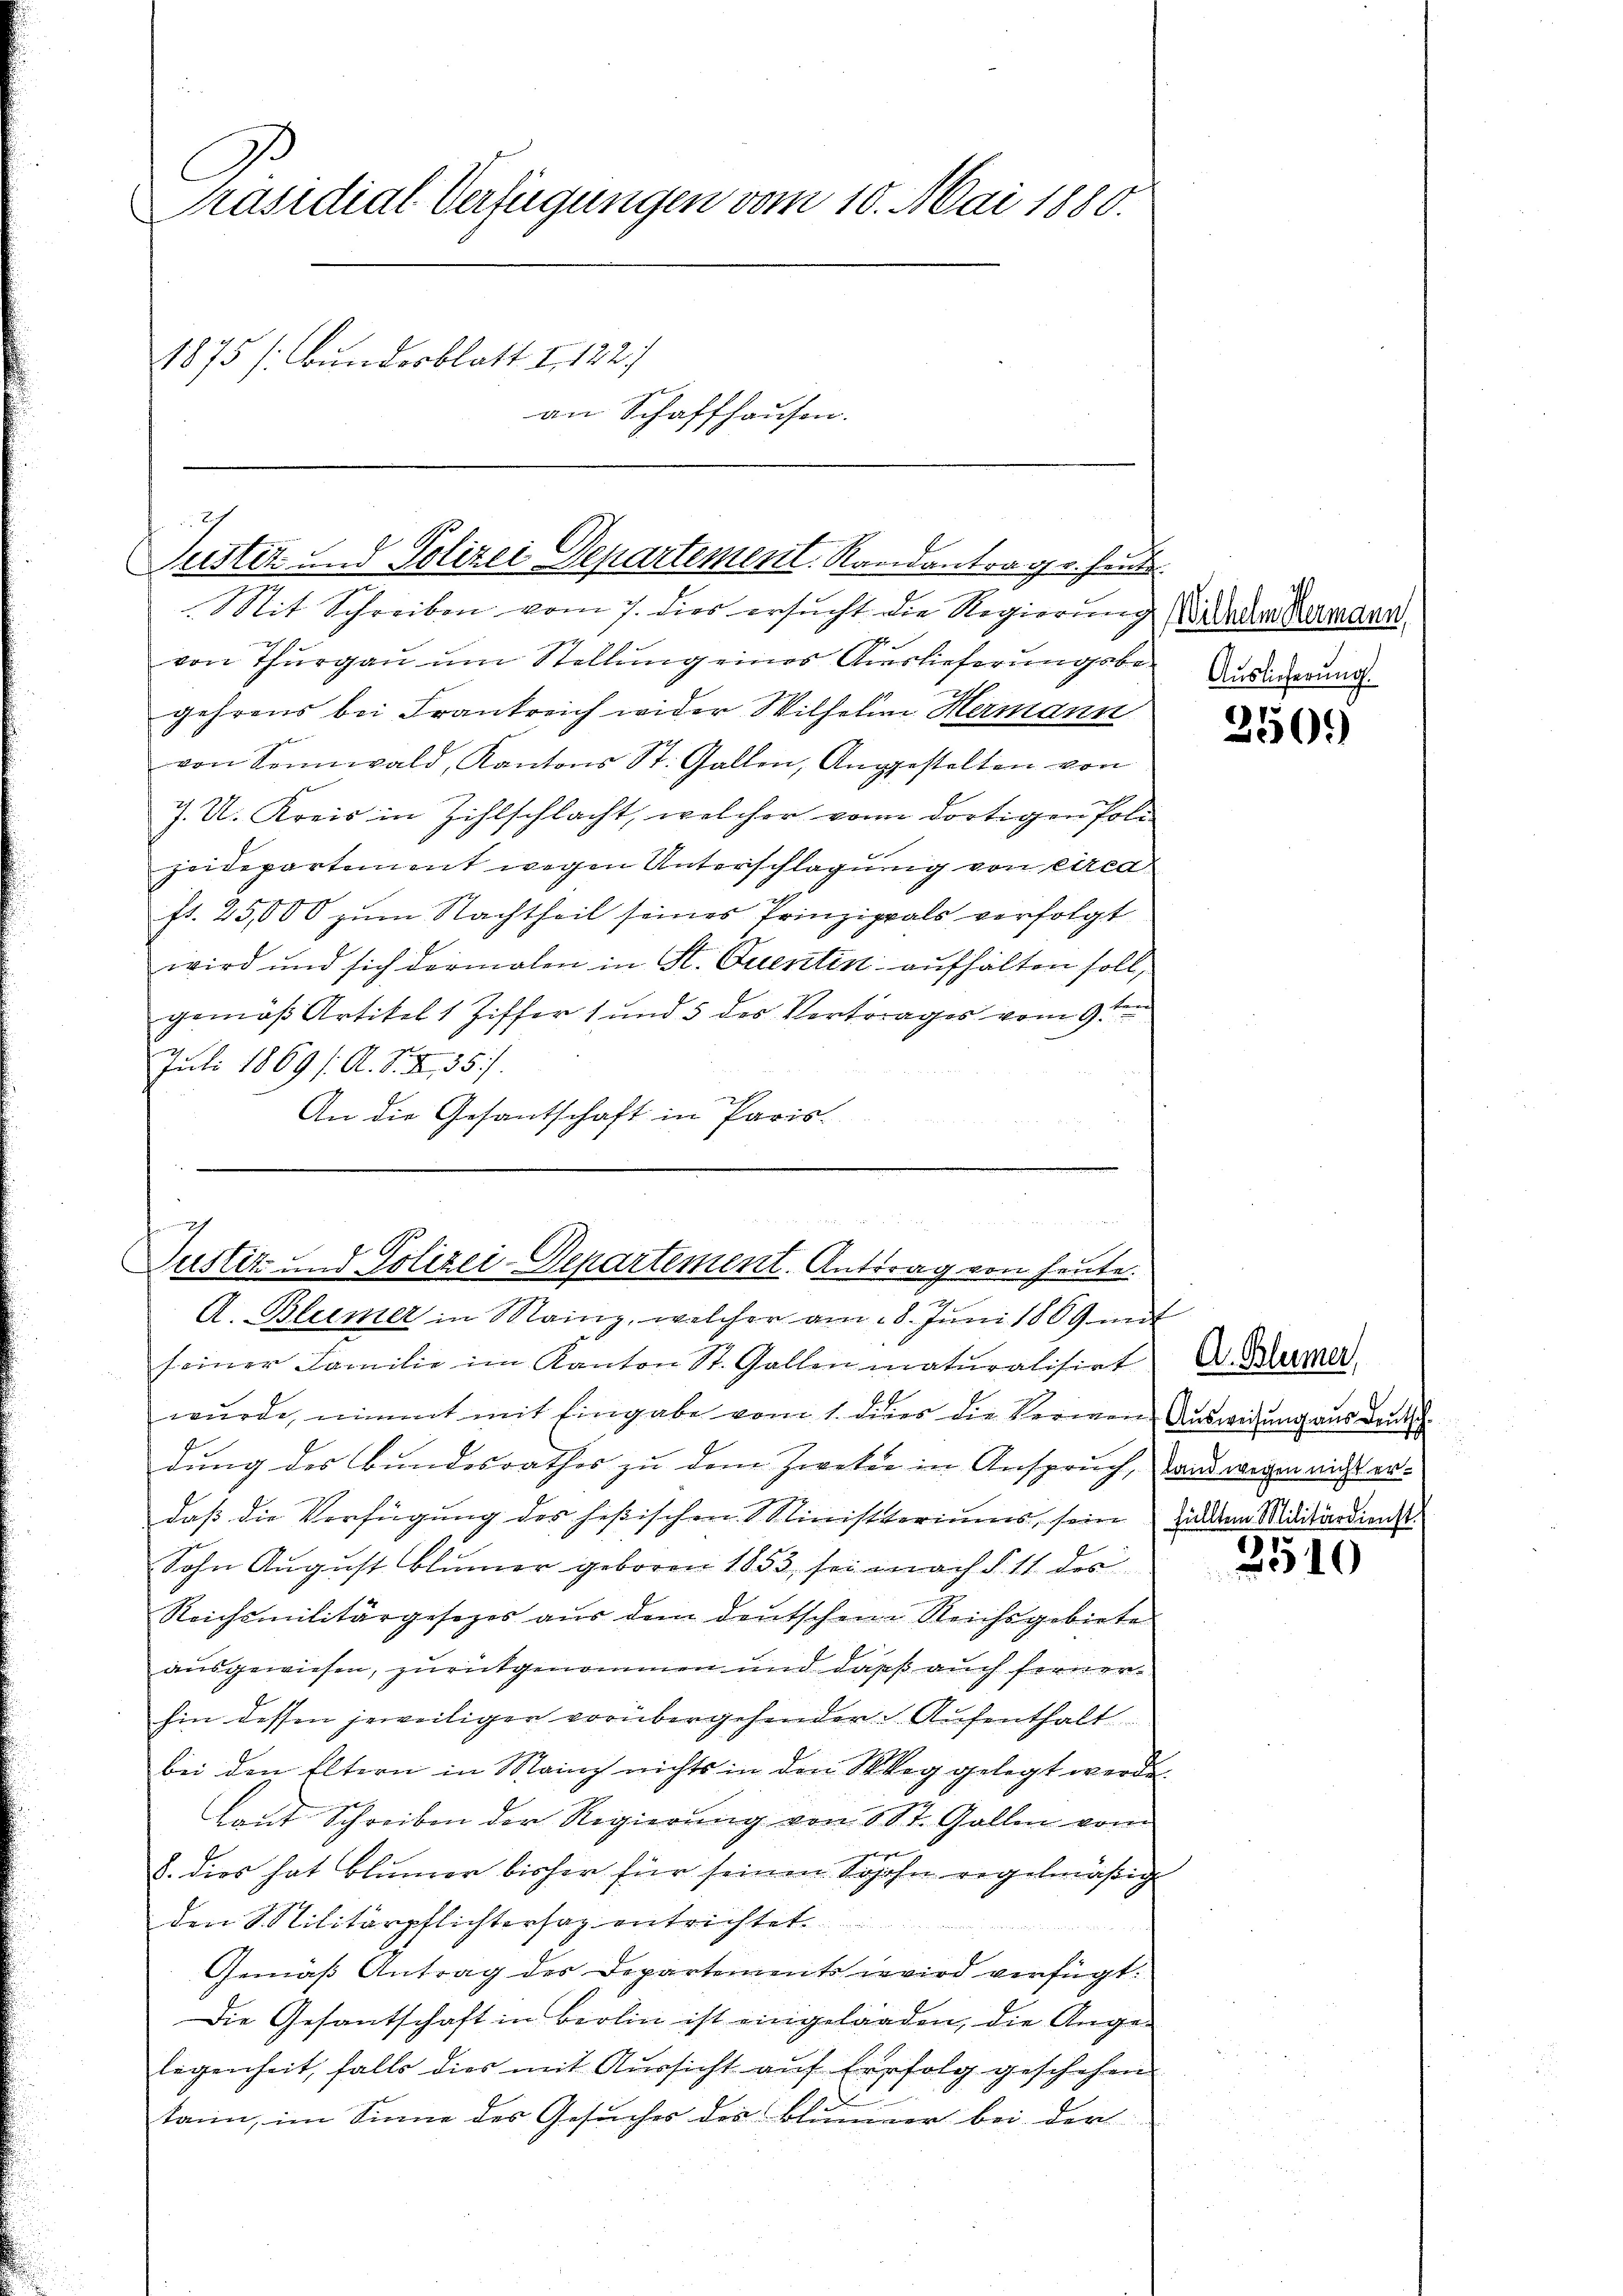
Präsidial-Verfügungen vom 10. Mai 1880.
1875 (Bunderblatt I. 122.
an Schaffhausen.

2
Justiz und Polizei Departement Randantrag v. Heut

Mit Schreiben vom 7. dies ersucht die Regierung in der Kardan
.
.
von Thurgau um Stellung eines Auslieferungsbegehrens bei Frankreich wider Wilhelm Hermann
von Sennwald, Kantons St. Gallen, Angestalten von
7. U. Kreis in Zihlschlacht, welcher von dortigen Poli
zeidepartiment wegen Unterschlagung von circa
fr. 25,000 zum Nachtheil seines Prinzipals verfolgt
wird und sich dermalen in St. Quentin aufhalten soll,
gemäß Artikel 1 Ziffer 1 und 5 des Vertrages vom 9ten
Juli 1869 /: A. S. I., 357.
An die Gesantschaft in Paris.

B
2
Justiz- und Polizei-Departement. Antrag von heute.
A. Blümer in Mainz, welcher am 18. Juni 1869 mit

seiner Familie im Kanton St. Gallenmaturalisirt Dr. Marmer.
wurde, nimmt mit Eingabe vom 1. dies die Vermen Ausweisung aus deut
dung des Bundesrathes zu dem Zweker in Anspruch, stand wegen nicht erdaß die Verfügung des heßischen Ministeriums, seine Eid dem Militärdienst
Sohn August Blümer geboren 1853, sei nach § 11 der
Reichsmilitärgesezes aus dem deutschen Reichsgebiete
ausgewiesen, zurückgenommen und dass auch ferner
hin dessen jeweiliger vorübergehender Aufenthalt
bei den Eltern in Mainz nichts in den Weg gelegt werde.
laut Schreiben der Regierung von St. Gallen vom
8. dies hat Blümer bisher für seinen Sohohn regelmäßig
den Militärpflichtersaz entrichtet.
Gemäß Antrag des Departements wird verfügt:
Die Gesantschaft in Berlin ist eingelanden, die Ange-
legenheit, falls dies mit Aussicht auf Erfolg geschehen
kann, im Sinne des Gesuches des Blumer bei der

Auslieferung.

250.

2510